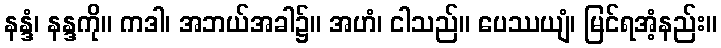
နန္ဒံ၊ နန္ဒကို။ ကဒါ၊ အဘယ်အခါ၌။ အဟံ၊ ငါသည်။ ပေဿယျံ၊ မြင်ရအံ့နည်း။